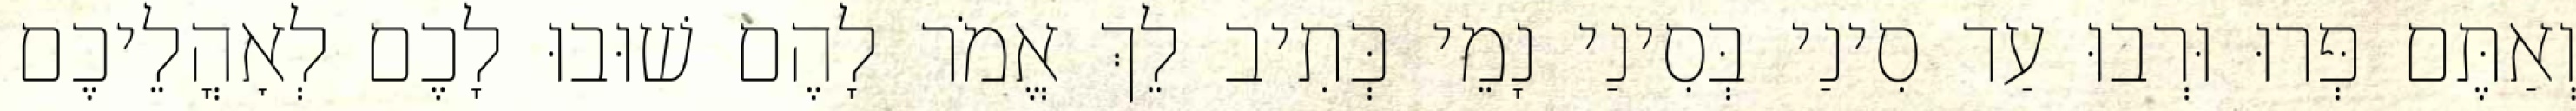
וְאַתֶּם פְּרוּ וּרְבוּ עַד סִינַי בְּסִינַי נָמֵי כְּתִיב לֵךְ אֱמֹר לָהֶם שׁוּבוּ לָכֶם לְאׇהֳלֵיכֶם